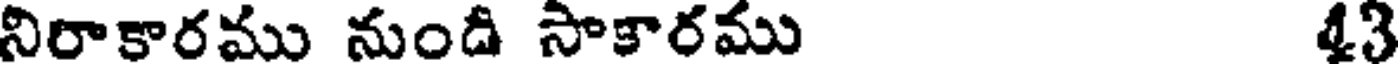
నిరాకారము నుంది సాకారము 43